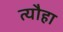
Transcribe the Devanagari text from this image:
त्यौहा